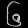
Digit: ၆